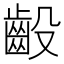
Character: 𫠙